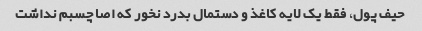
حیف پول، فقط یک لایه کاغذ و دستمال بدرد نخور که اصا چسبم نداشت